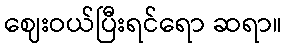
ဈေးဝယ်ပြီးရင်ရော ဆရာ။